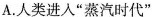
A.人类进入”蒸汽时代”